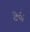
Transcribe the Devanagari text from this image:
टेणे